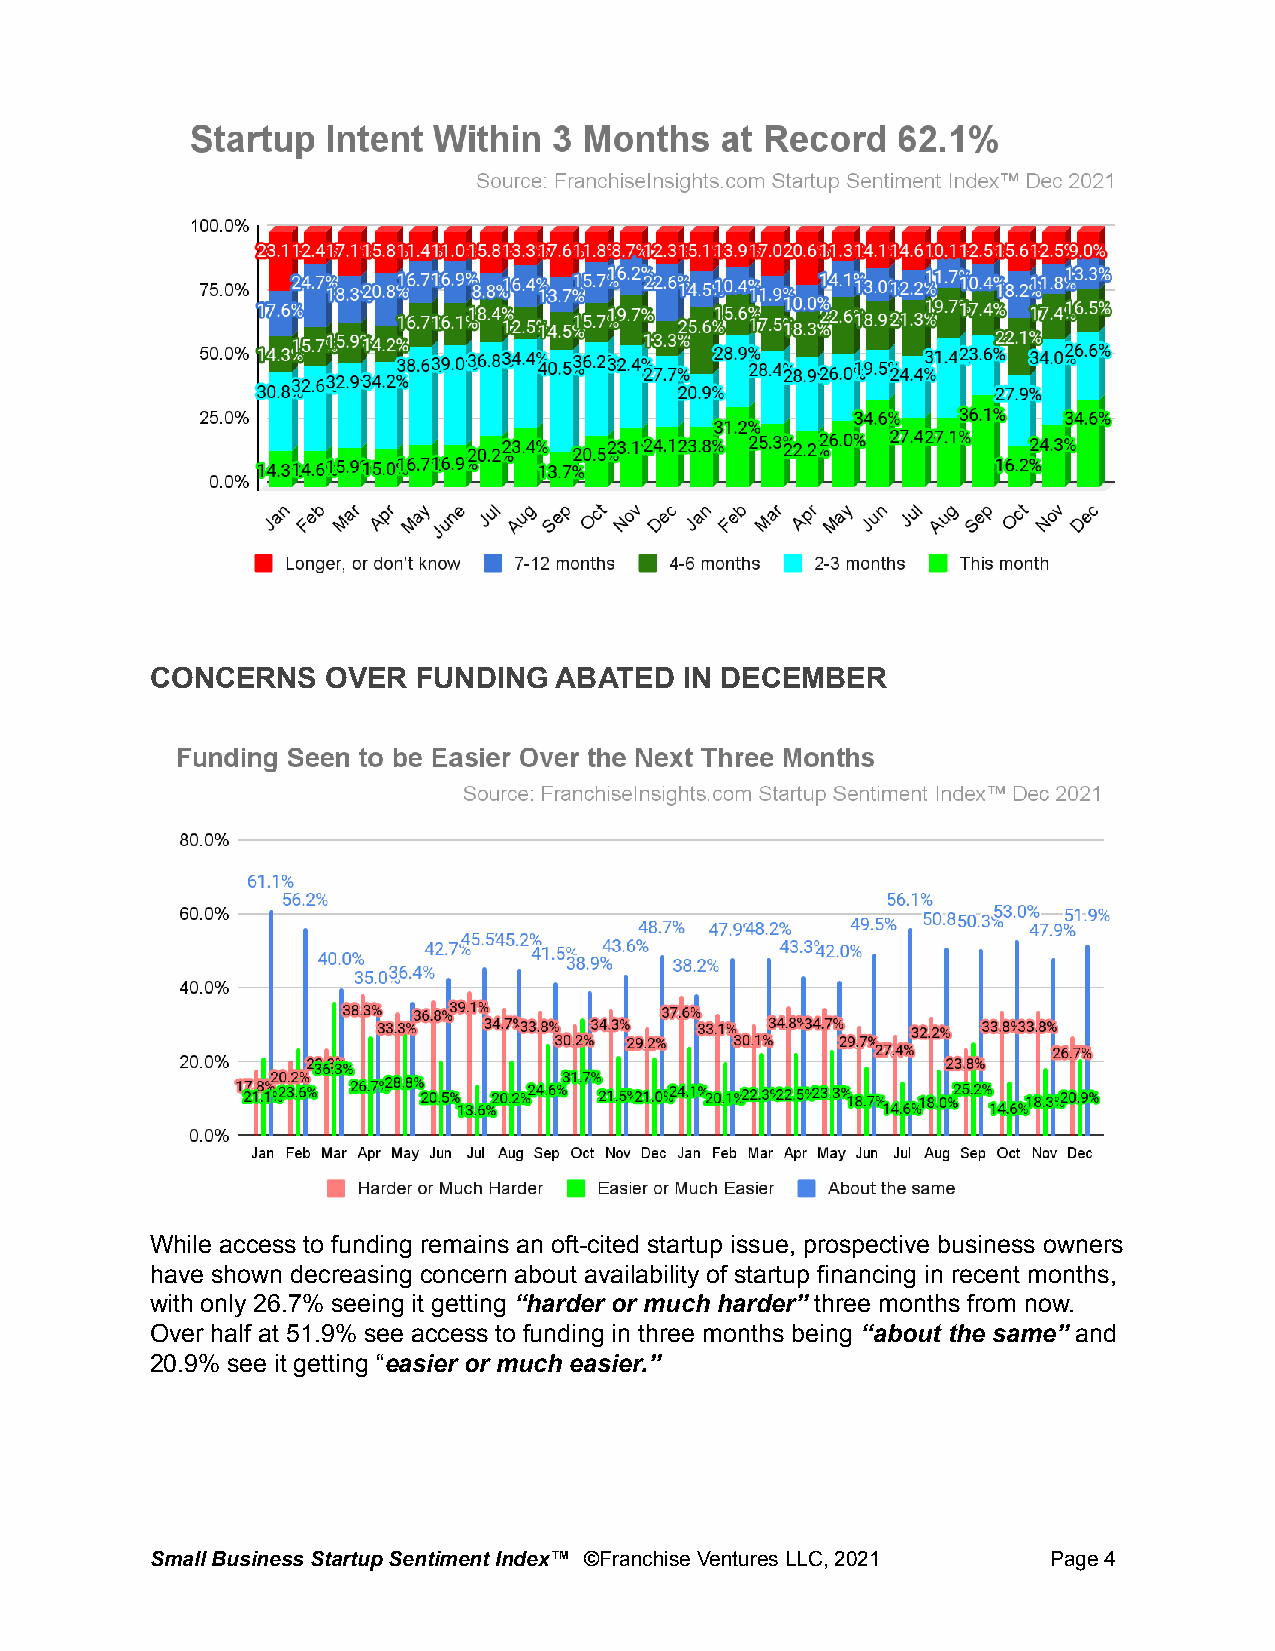
CONCERNS    OVER  FUNDING  ABATED  IN DECEMBER
 While access to funding remains an oft-cited startup issue, prospective business owners
 have shown decreasing concern about availability of startup financing in recent months,
 with only 26.7% seeing it getting “harder or much harder” three months from now.
 Over half at 51.9% see access to funding in three months being “about the same” and
 20.9% see it getting “easier or much easier.”
 Small Business Startup Sentiment Index™ ©FranchiseVentures LLC, 2021 Page4